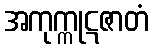
အကုက္ကုဋဇာတံ